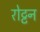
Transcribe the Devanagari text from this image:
रोट्टन